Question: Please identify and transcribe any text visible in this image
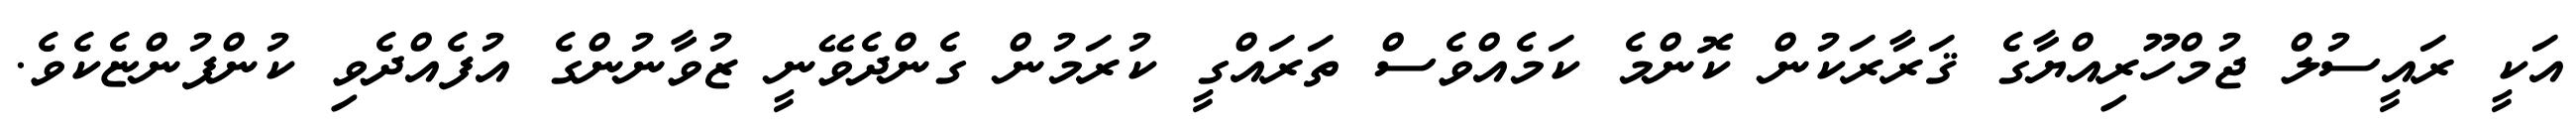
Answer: އަކީ ރައީސުލް ޖުމްހޫރިއްޔާގެ ޤަރާރަކުން ކޮންމެ ކަމެއްވެސް ތަރައްގީ ކުރަމުން ގެންދެވޭނީ ޒުވާނުންގެ އުފެއްދެވި ކުންފުންޏެކެވެ.